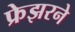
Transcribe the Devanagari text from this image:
फ्रेझरने